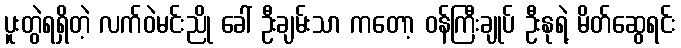
ပူးတွဲရရှိတဲ့ လက်ဝဲမင်းညို ခေါ် ဦးချမ်းသာ ကတော့ ဝန်ကြီးချုပ် ဦးနုရဲ့ မိတ်ဆွေရင်း